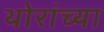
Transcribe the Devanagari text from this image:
थोरांच्या